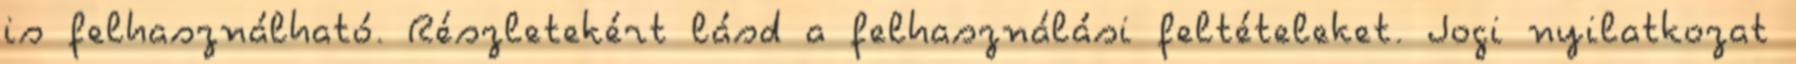
is felhasználható. Részletekért lásd a felhasználási feltételeket. Jogi nyilatkozat